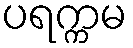
ပရက္ကမ